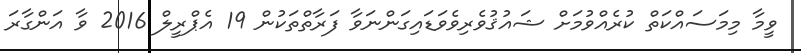
ވީމާ މިމަސައްކަތް ކުރެއްވުމަށް ޝައުޤުވެރިވެވަޑައިގަންނަވާ ފަރާތްތަކުން 19 އެޕްރީލް 2016 ވާ އަންގާރަ